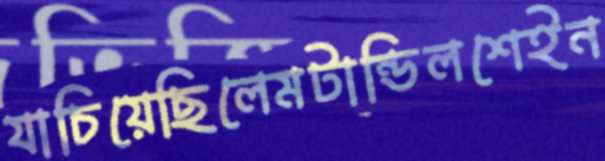
যাচিয়েছিলেমটান্ডিলশেইন